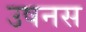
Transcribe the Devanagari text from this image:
उषनस